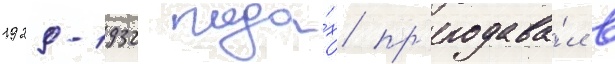
1929-1932 года́х пр'еподава́л в